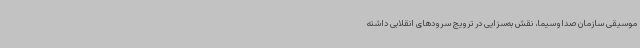
موسیقی سازمان صداوسیما، نقش به‌سزایی در ترویج سرودهای انقلابی داشته